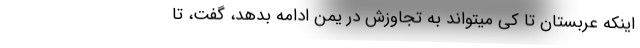
اینکه عربستان تا کی میتواند به تجاوزش در یمن ادامه بدهد، گفت،‌ تا